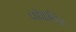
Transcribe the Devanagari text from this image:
पाॅइटिर